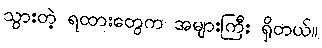
သွားတဲ့ ရထားတွေက အများကြီး ရှိတယ်။